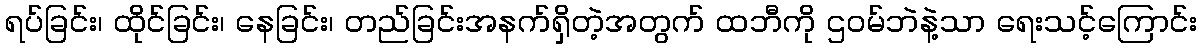
ရပ်ခြင်း၊ ထိုင်ခြင်း၊ နေခြင်း၊ တည်ခြင်းအနက်ရှိတဲ့အတွက် ထဘီကို ဌဝမ်ဘဲနဲ့သာ ရေးသင့်ကြောင်း